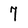
Character: 7